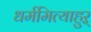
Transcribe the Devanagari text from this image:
धर्ममित्याहुऱ्